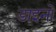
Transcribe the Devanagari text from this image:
डाइनो